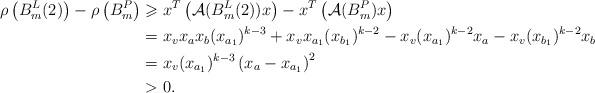
LaTeX: \begin{align*}\rho\left(B_{m}^{L}(2)\right) -\rho\left(B_{m}^{P}\right)& \geqslant x^{T}\left(\mathcal{A}(B_{m}^{L}(2))x\right)-x^{T}\left( \mathcal{A}(B_{m}^{P})x\right) \\& =x_{v}x_{a}x_{b}(x_{a_{1}})^{k-3}+x_{v}x_{a_{1}}(x_{b_{1}})^{k-2}-x_{v}(x_{a_{1}})^{k-2}x_{a}-x_{v}(x_{b_{1}})^{k-2}x_{b}\\& =x_{v}(x_{a_{1}})^{k-3}\left(x_a-x_{a_1}\right)^{2}\\& >0.\end{align*}